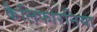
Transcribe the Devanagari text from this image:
कैलिफोरनिया